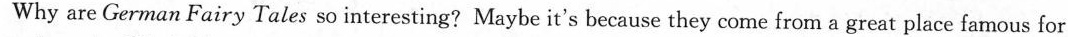
Why are German Fairy Tales so interesting? Maybe it's because they come from a great place famous for